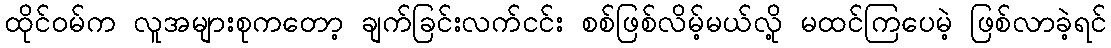
ထိုင်ဝမ်က လူအများစုကတော့ ချက်ခြင်းလက်ငင်း စစ်ဖြစ်လိမ့်မယ်လို့ မထင်ကြပေမဲ့ ဖြစ်လာခဲ့ရင်